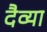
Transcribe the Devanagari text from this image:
दैव्या